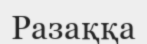
Разаққа